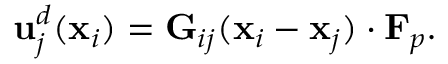
\mathbf { u } _ { j } ^ { d } ( \mathbf { x } _ { i } ) = \mathbf { G } _ { i j } ( \mathbf { x } _ { i } - \mathbf { x } _ { j } ) \boldsymbol { \cdot } \mathbf { F } _ { p } .